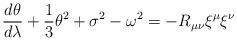
LaTeX: \begin{align*}\frac{d\theta}{d\lambda} + \frac{1}{3}\theta^{2} + \sigma^{2} -\omega^{2}= -R_{\mu\nu}\xi^{\mu}\xi^{\nu}\end{align*}